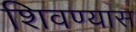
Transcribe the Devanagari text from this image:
शिवण्यास